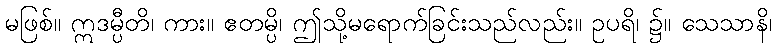
မဖြစ်။ ဣဒမ္ပီတိ၊ ကား။ ဧတမ္ပိ၊ ဤသို့မရောက်ခြင်းသည်လည်း။ ဥပရိ၊ ၌။ သေသာနိ၊